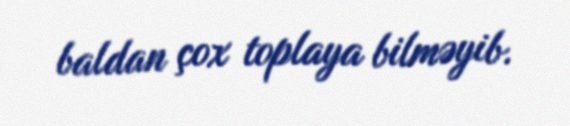
baldan çox toplaya bilməyib.